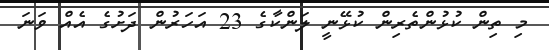
މި ތިން ކުޅުންތެރިން ކުޅޭނީ ލަންކާގެ 23 އަހަރުން ދަށުގެ އެއް ވަނަ